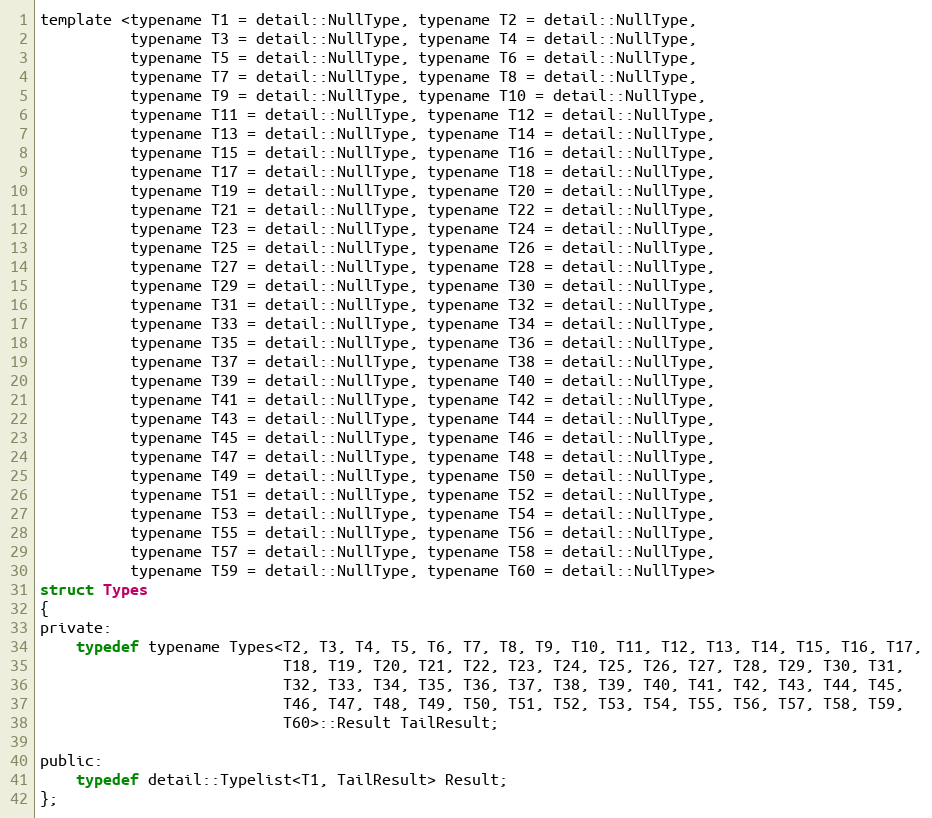
Language: C
template <typename T1 = detail::NullType, typename T2 = detail::NullType,
          typename T3 = detail::NullType, typename T4 = detail::NullType,
          typename T5 = detail::NullType, typename T6 = detail::NullType,
          typename T7 = detail::NullType, typename T8 = detail::NullType,
          typename T9 = detail::NullType, typename T10 = detail::NullType,
          typename T11 = detail::NullType, typename T12 = detail::NullType,
          typename T13 = detail::NullType, typename T14 = detail::NullType,
          typename T15 = detail::NullType, typename T16 = detail::NullType,
          typename T17 = detail::NullType, typename T18 = detail::NullType,
          typename T19 = detail::NullType, typename T20 = detail::NullType,
          typename T21 = detail::NullType, typename T22 = detail::NullType,
          typename T23 = detail::NullType, typename T24 = detail::NullType,
          typename T25 = detail::NullType, typename T26 = detail::NullType,
          typename T27 = detail::NullType, typename T28 = detail::NullType,
          typename T29 = detail::NullType, typename T30 = detail::NullType,
          typename T31 = detail::NullType, typename T32 = detail::NullType,
          typename T33 = detail::NullType, typename T34 = detail::NullType,
          typename T35 = detail::NullType, typename T36 = detail::NullType,
          typename T37 = detail::NullType, typename T38 = detail::NullType,
          typename T39 = detail::NullType, typename T40 = detail::NullType,
          typename T41 = detail::NullType, typename T42 = detail::NullType,
          typename T43 = detail::NullType, typename T44 = detail::NullType,
          typename T45 = detail::NullType, typename T46 = detail::NullType,
          typename T47 = detail::NullType, typename T48 = detail::NullType,
          typename T49 = detail::NullType, typename T50 = detail::NullType,
          typename T51 = detail::NullType, typename T52 = detail::NullType,
          typename T53 = detail::NullType, typename T54 = detail::NullType,
          typename T55 = detail::NullType, typename T56 = detail::NullType,
          typename T57 = detail::NullType, typename T58 = detail::NullType,
          typename T59 = detail::NullType, typename T60 = detail::NullType>
struct Types
{
private:
    typedef typename Types<T2, T3, T4, T5, T6, T7, T8, T9, T10, T11, T12, T13, T14, T15, T16, T17,
                           T18, T19, T20, T21, T22, T23, T24, T25, T26, T27, T28, T29, T30, T31,
                           T32, T33, T34, T35, T36, T37, T38, T39, T40, T41, T42, T43, T44, T45,
                           T46, T47, T48, T49, T50, T51, T52, T53, T54, T55, T56, T57, T58, T59,
                           T60>::Result TailResult;

public:
    typedef detail::Typelist<T1, TailResult> Result;
};